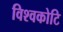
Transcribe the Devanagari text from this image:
विश्वकोटि